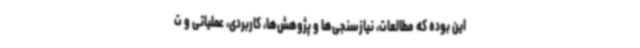
این بوده که مطالعات، نیازسنجی‌ها و پژوهش‌ها، کاربردی، عملیاتی و ت